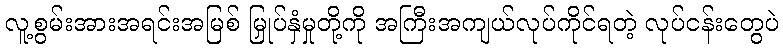
လူ့စွမ်းအားအရင်းအမြစ် မြှုပ်နှံမှုတို့ကို အကြီးအကျယ်လုပ်ကိုင်ရတဲ့ လုပ်ငန်းတွေပဲ